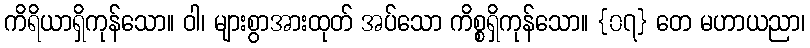
ကိရိယာရှိကုန်သော။ ဝါ၊ များစွာအားထုတ် အပ်သော ကိစ္စရှိကုန်သော။ {၀၇} တေ မဟာယညာ၊